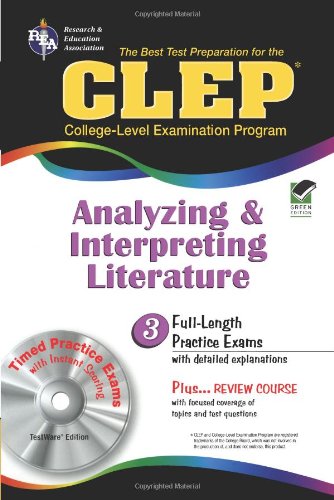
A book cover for CLEP Analyzing & Interpreting Literature with CD-ROM (REA): The Best Test Prep for the CLEP Analyzing and Interpreting Literature Exam with REA's TESTware (Test Preps); The Staff of REA; Test Preparation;